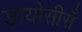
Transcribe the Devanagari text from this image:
डायोसीसँ